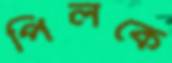
পিলকে